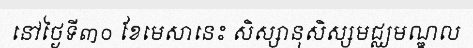
នៅថ្ងៃទី៣០ ខែមេសានេះ សិស្សានុសិស្សមជ្ឈមណ្ឌល